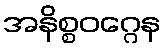
အနိစ္စဝဂ္ဂေန